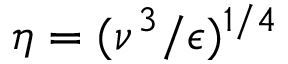
\eta = ( \nu ^ { 3 } / \epsilon ) ^ { 1 / 4 }